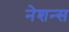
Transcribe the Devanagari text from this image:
नेशन्‍स